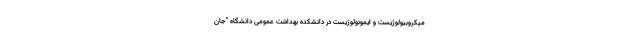
میکروبیولوژیست و ایمونولوژیست در دانشکده بهداشت عمومی دانشگاه "جان